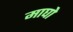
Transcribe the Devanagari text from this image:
माघो